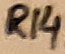
Text: R14